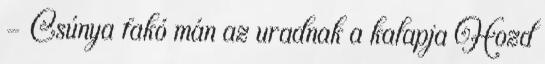
- Csúnya fakó mán az uradnak a kalapja Hozd